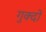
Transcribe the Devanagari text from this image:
गुक्दों